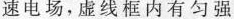
速电场，虚线框内有匀强